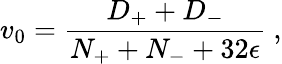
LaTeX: v_{{0}}=\frac{D_{+}+D_{-}}{N_{+}+N_{-}+32\epsilon}\ ,